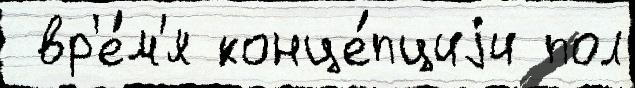
 вр'е́м'я конце́пциjи пол